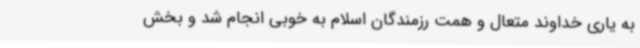
به یاری خداوند متعال و همت رزمندگان اسلام به خوبی انجام شد و بخش